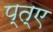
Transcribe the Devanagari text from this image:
प्त्ए